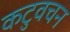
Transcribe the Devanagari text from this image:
कटुवचन